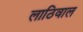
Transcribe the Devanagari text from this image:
लाठिवाल